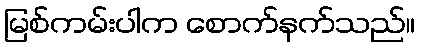
မြစ်ကမ်းပါက စောက်နက်သည်။